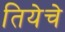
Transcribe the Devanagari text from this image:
तियेचे